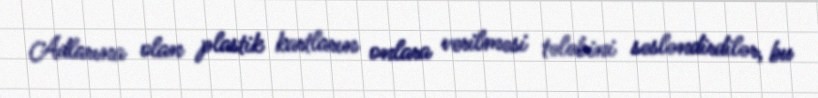
Adlarına olan plastik kartların onlara verilməsi tələbini səsləndirdilər, bu